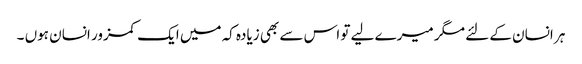
ہر انسان کے لئے مگر میرے لیے تو اس سے بھی زیادہ کہ میں ایک کمزور انسان ہوں ۔